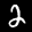
Label: 2